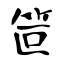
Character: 笸